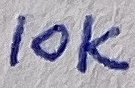
Text: 10K